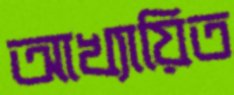
আখ্যায়িত